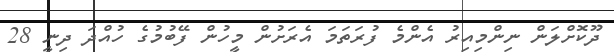
ދޫކޮށްލަން ނިންމިއިރު އެންމެ ފުރަތަމަ އެރަށުން މީހުން ފޭބުމުގެ ހުއްދަ ދިނީ 28